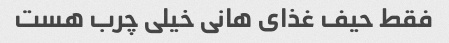
فقط حیف غذای هانی خیلی چرب هست